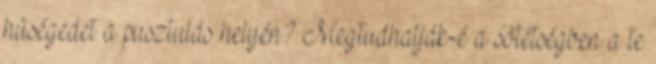
hûségedet a pusztulás helyén? Megtudhatják-é a sötétségben a te